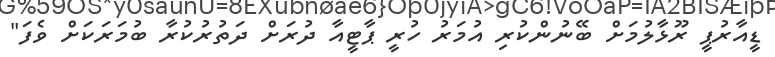
ޑީއާރުޕީ ރޫޅާލުމަށް ބޭނުންކުރި އުމަރު ހުރީ ޕާޓީއާ ދުރަށް ދަތުރުކުރާ ބުމަރަކަށް ވެފަ"